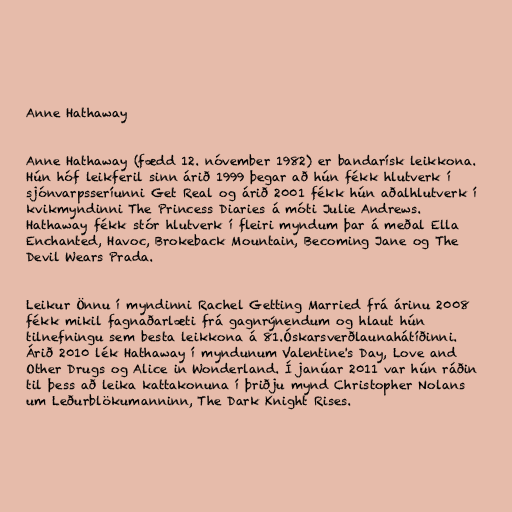
Anne Hathaway

Anne Hathaway (fædd 12. nóvember 1982) er bandarísk leikkona.
Hún hóf leikferil sinn árið 1999 þegar að hún fékk hlutverk í
sjónvarpsseríunni Get Real og árið 2001 fékk hún aðalhlutverk í
kvikmyndinni The Princess Diaries á móti Julie Andrews.
Hathaway fékk stór hlutverk í fleiri myndum þar á meðal Ella
Enchanted, Havoc, Brokeback Mountain, Becoming Jane og The
Devil Wears Prada.

Leikur Önnu í myndinni Rachel Getting Married frá árinu 2008
fékk mikil fagnaðarlæti frá gagnrýnendum og hlaut hún
tilnefningu sem besta leikkona á 81.Óskarsverðlaunahátíðinni.
Árið 2010 lék Hathaway í myndunum Valentine's Day, Love and
Other Drugs og Alice in Wonderland. Í janúar 2011 var hún ráðin
til þess að leika kattakonuna í þriðju mynd Christopher Nolans
um Leðurblökumanninn, The Dark Knight Rises.